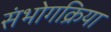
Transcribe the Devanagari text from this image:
संभोगक्रिया